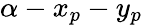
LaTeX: \alpha-x_{p}-y_{p}